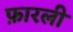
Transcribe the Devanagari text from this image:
फ़ारली